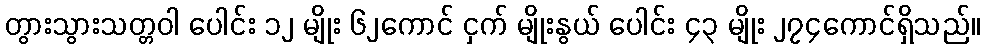
တွားသွားသတ္တဝါ ပေါင်း ၁၂ မျိုး ၆၂ကောင် ငှက် မျိုးနွယ် ပေါင်း ၄၃ မျိုး ၂၇၄ကောင်ရှိသည်။